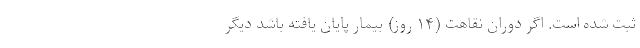
ثبت شده است. اگر دوران نقاهت (۱۴ روز) بیمار پایان یافته باشد دیگر